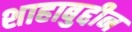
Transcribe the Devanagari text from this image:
शाहाबुद्दीन